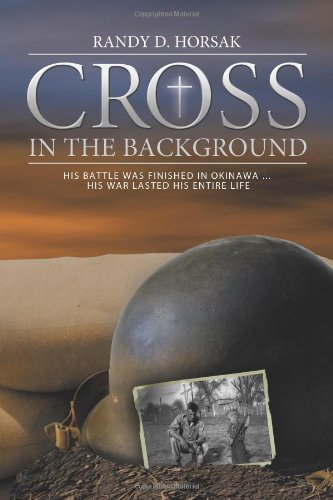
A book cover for Cross in the Background; Randy D. Horsak; Parenting & Relationships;